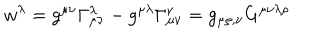
w ^ { \lambda } = g ^ { \mu \nu } \Gamma _ { \mu \nu } ^ { \lambda } - g ^ { \mu \lambda } \Gamma _ { \mu \nu } ^ { \nu } = g _ { \mu \rho , \nu } G ^ { \mu \nu \lambda \rho }